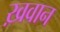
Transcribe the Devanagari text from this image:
ख़वान